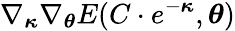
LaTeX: \nabla_{\boldsymbol{\kappa}}\nabla_{\boldsymbol{\theta}}E(C\cdot e^{-{\boldsymbol{\kappa}}},{\boldsymbol{\theta}})